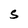
Character: S